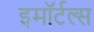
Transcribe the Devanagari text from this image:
इमॉर्टल्स